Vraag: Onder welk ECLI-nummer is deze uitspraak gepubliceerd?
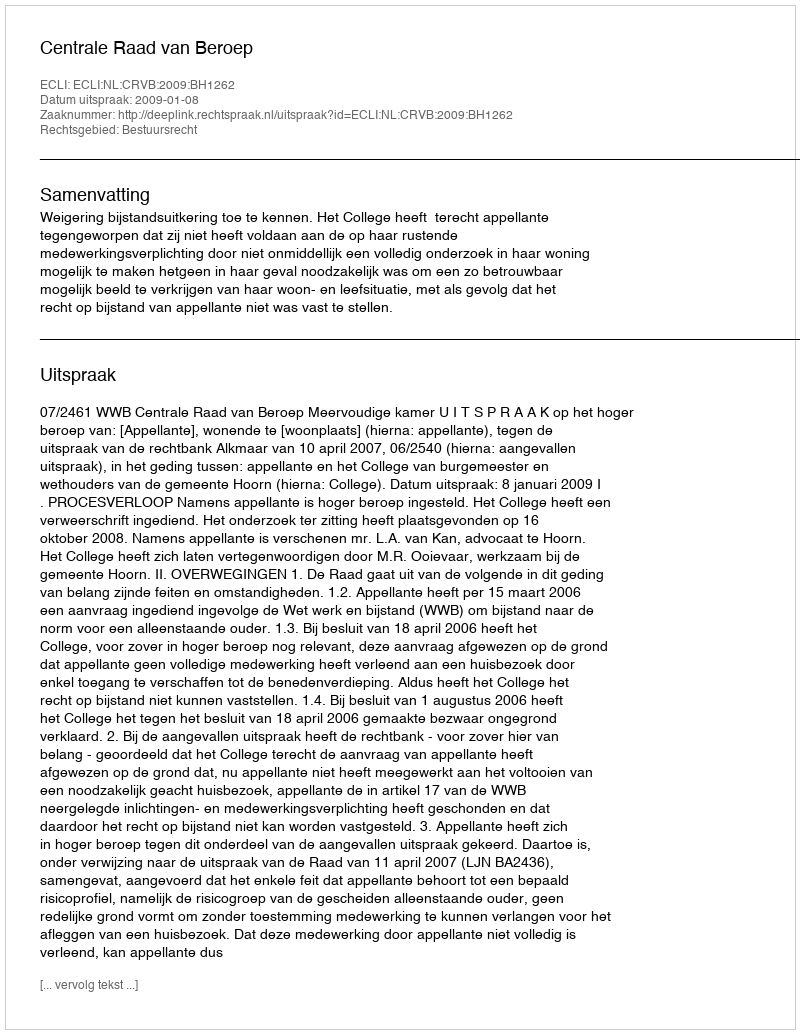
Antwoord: ECLI:NL:CRVB:2009:BH1262